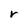
Character: r